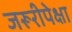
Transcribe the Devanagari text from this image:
जरूरीपेक्षा